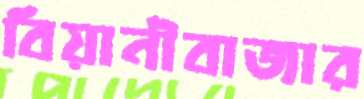
বিয়ানীবাজার